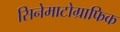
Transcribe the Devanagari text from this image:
सिनेमाटोग्राफिक